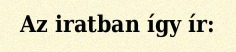
Az iratban így ír: